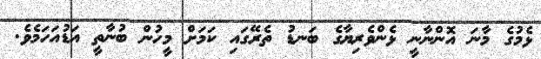
ޅެމުގެ މާނަ އޮންނާނީ ޅެންވެރިޔާގެ ބަނޑު ތެރޭގައި ކަމަށް މީހުން ބުނާތީ އަޑުއަހަމެވެ.